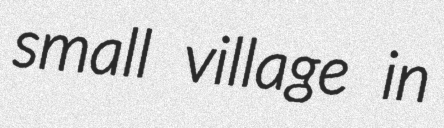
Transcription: small village in